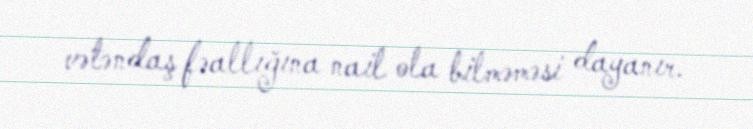
vətəndaş fəallığına nail ola bilməməsi dayanır.